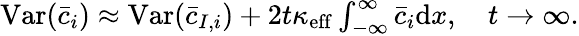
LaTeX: \begin{array}{r}{\mathrm{Var}(\bar{c}_{i})\approx\mathrm{Var}(\bar{c}_{I,i})+2t\kappa_{\mathrm{eff}}\int_{-\infty}^{\infty}\bar{c}_{i}\mathrm{d}x,\quad t\rightarrow\infty.}\end{array}